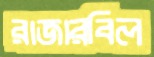
রাজারবিল